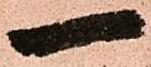
一